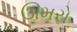
ઊમરો